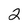
Character: 2